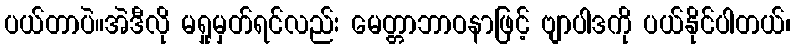
ပယ်တာပဲ။အဲဒီလို မရှုမှတ်ရင်လည်း မေတ္တာဘာဝနာဖြင့် ဗျာပါဒကို ပယ်နိုင်ပါတယ်၊